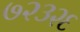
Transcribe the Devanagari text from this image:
७२३२६